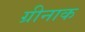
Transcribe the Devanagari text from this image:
ग्रीनाक